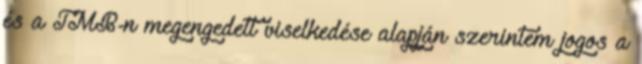
és a TMB-n megengedett viselkedése alapján szerintem jogos a